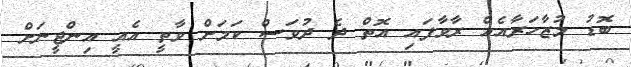
ބޮޑު މުޒާހަރާއެއް ރާވާފައި އޮތް ދެ ދުވަސް ކަމަށް ވާތީ އެއީ އިންޖީނަށް